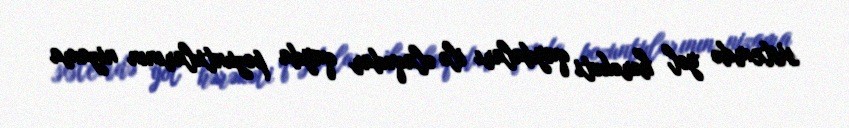
sistemdə yol hərəkəti qaydaları ilə əlaqədar qayda pozuntularının nizama